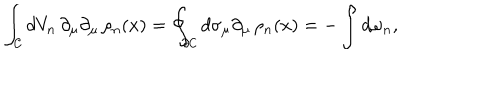
\int _ { \cal { C } } d V _ { n } \, \partial _ { \mu } \partial _ { \mu } \, \rho _ { n } ( x ) = \oint _ { \partial \cal { C } } d \sigma _ { \mu } \partial _ { \mu } \, \rho _ { n } ( x ) = - \int d \omega _ { n } ,